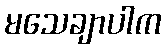
မသေချာပါက